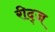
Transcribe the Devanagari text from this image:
रीद्ज